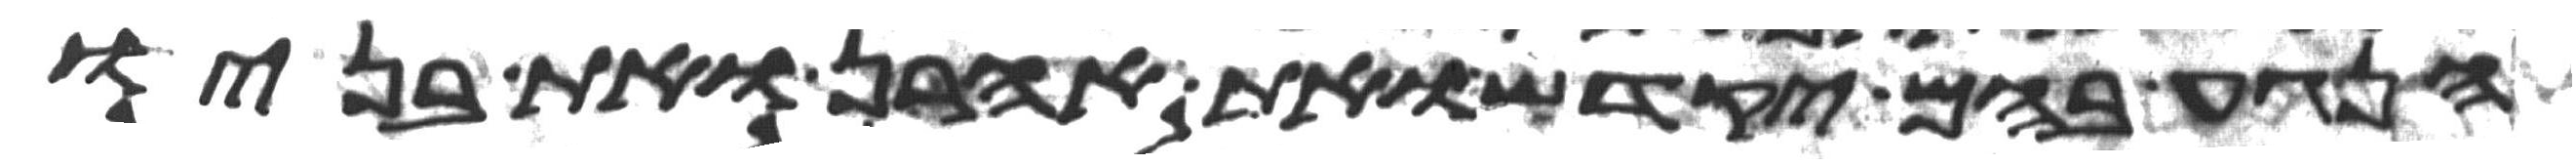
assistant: הנגע בהם יקדש ואת אהרן ואת בניו